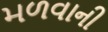
મળવાની